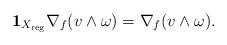
LaTeX: \begin{align*} {\bf 1}_{X_{\rm reg}} \nabla_f(v \wedge \omega) = \nabla_f(v \wedge \omega). \end{align*}